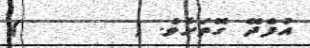
އުފެދޭ ގޮތަށެވެ. (       )